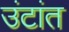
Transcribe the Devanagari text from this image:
उंटांत